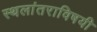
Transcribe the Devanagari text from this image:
स्थलांतराविषयी